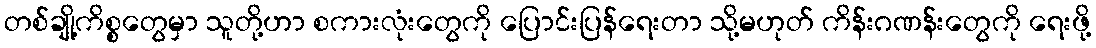
တစ်ချို့ကိစ္စတွေမှာ သူတို့ဟာ စကားလုံးတွေကို ပြောင်းပြန်ရေးတာ သို့မဟုတ် ကိန်းဂဏန်းတွေကို ရေးဖို့